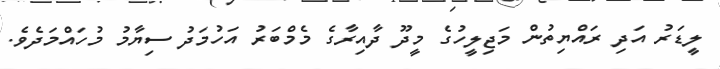
ލީޑަރު އަދި ރައްޔިތުން މަޖިލީހުގެ މީދޫ ދާއިރާގެ މެމްބަރު އަހުމަދު ސިޔާމު މުހައްމަދެވެ.